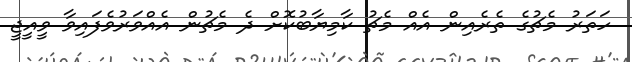
ހަތަރު މެޗުގެ ތެރެއިން އެއް މެޗު ކާމިޔާބުކޮށް ދެ މެޗުން އެއްވަރުވެފައިވާ ވީއީޖީ